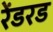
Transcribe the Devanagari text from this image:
रेंडरड